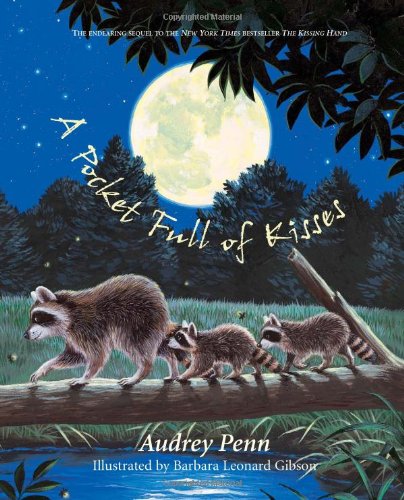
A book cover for A Pocket Full of Kisses; Audrey Penn; Children's Books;